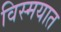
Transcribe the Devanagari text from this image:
विस्मयात